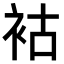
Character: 𧙖